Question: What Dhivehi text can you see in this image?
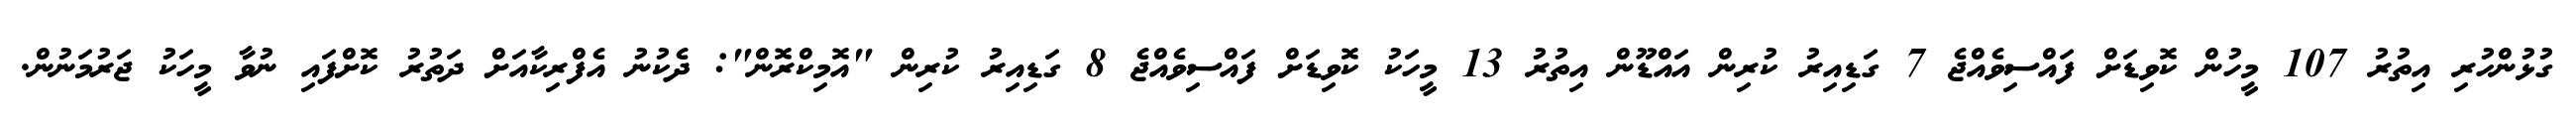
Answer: ގުޅުންހުރި އިތުރު 107 މީހުން ކޮވިޑަށް ފައްސިވެއްޖެ 7 ގަޑިއިރު ކުރިން އައްޑޫން އިތުރު 13 މީހަކު ކޮވިޑަށް ފައްސިވެއްޖެ 8 ގަޑިއިރު ކުރިން "އޮމިކްރޮން": ދެކުނު އެފްރިކާއަށް ދަތުރު ކޮށްފައި ނުވާ މީހަކު ޖަރުމަނުން.